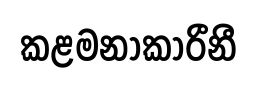
කළමනාකාරීනී